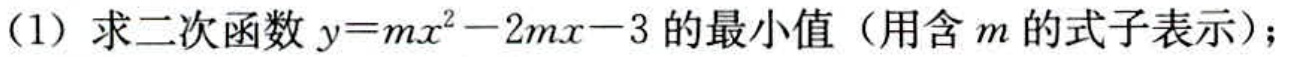
（1）求二次函数\(y = mx^{2}-2mx - 3\)的最小值（用含\(m\)的式子表示）；